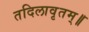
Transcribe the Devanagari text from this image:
तदिलावृतम्॥